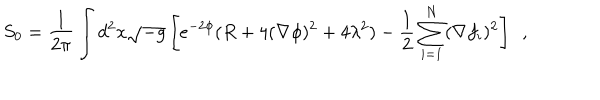
S _ { 0 } = { \frac { 1 } { 2 \pi } } \int d ^ { 2 } x \sqrt { - g } \left[ e ^ { - 2 \phi } ( R + 4 ( \nabla \phi ) ^ { 2 } + 4 \lambda ^ { 2 } ) - { \frac { 1 } { 2 } } \sum _ { i = 1 } ^ { N } ( \nabla f _ { i } ) ^ { 2 } \right] \ \ ,